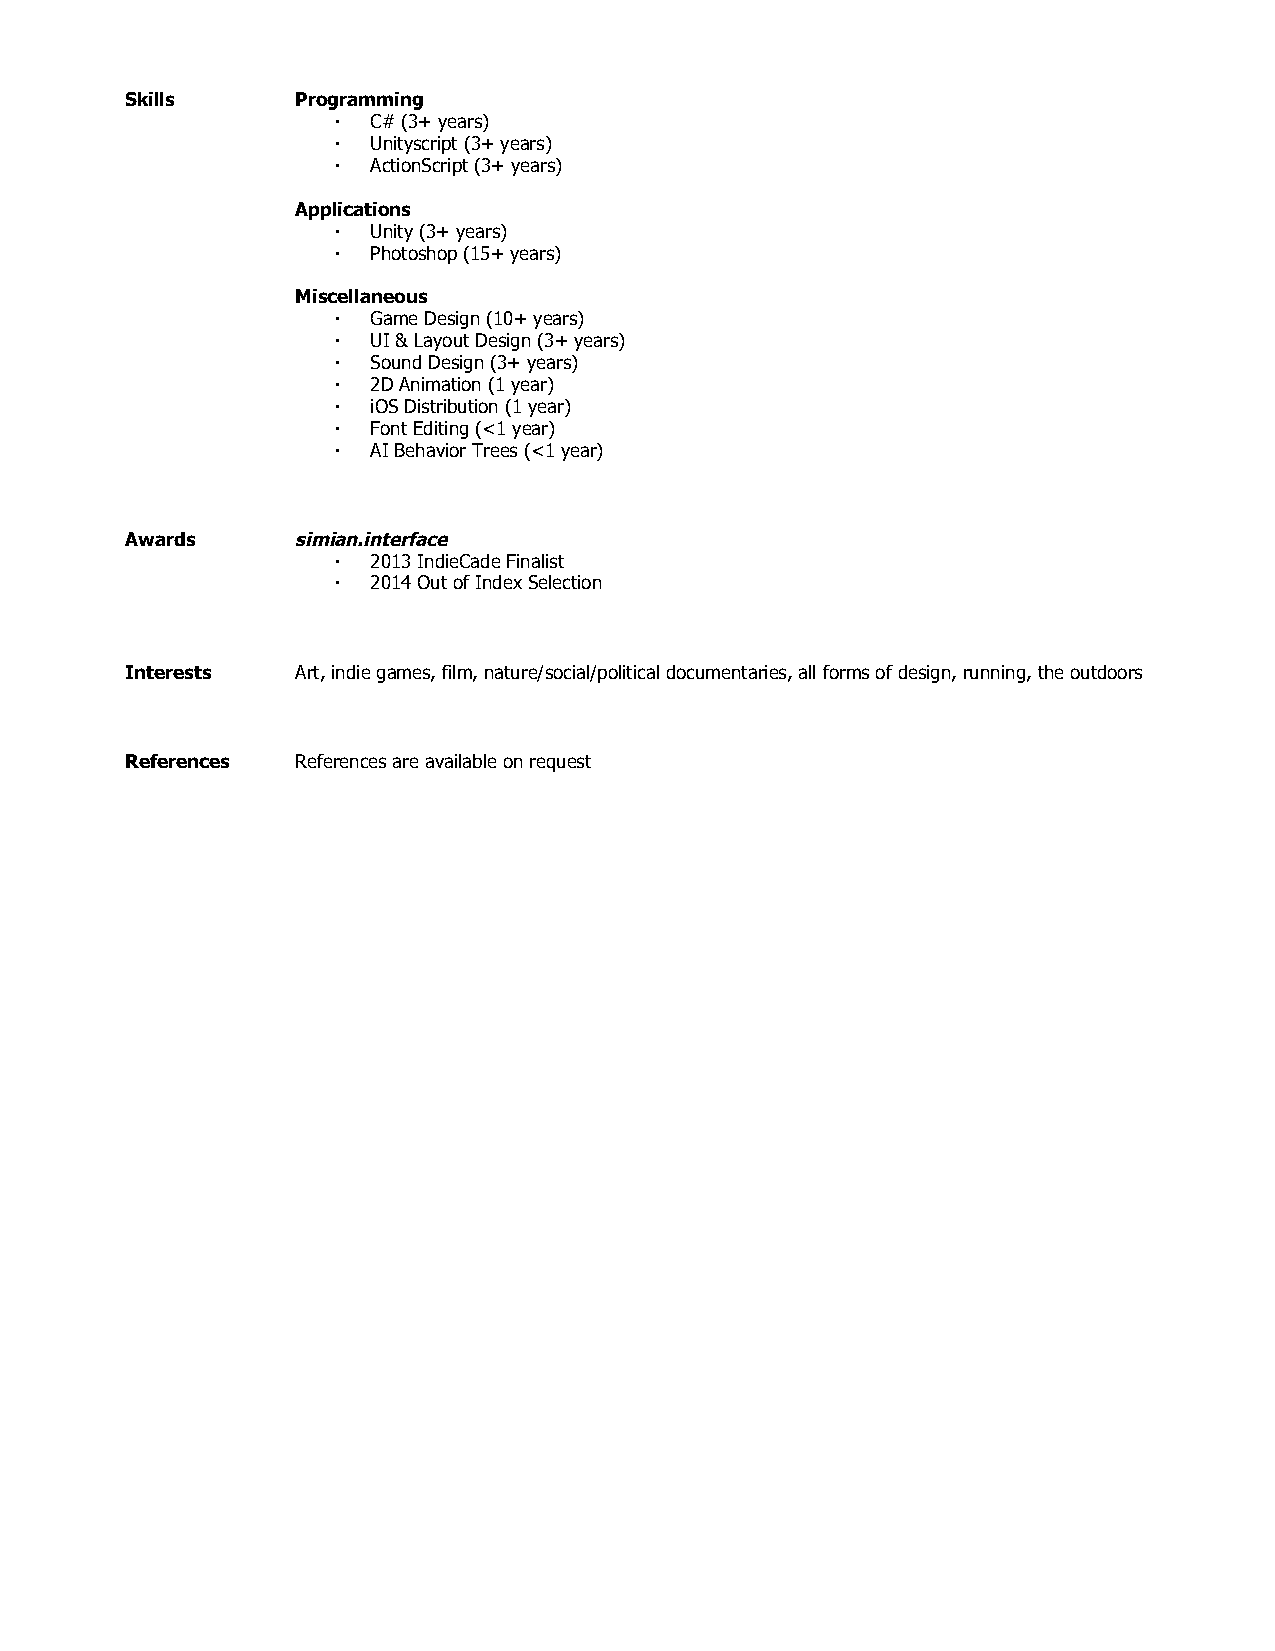
Skills      Programming
 ▪  C# (3+ years)
 ▪  Unityscript (3+ years)
 ▪  ActionScript (3+ years)
 Applications
 ▪  Unity (3+ years)
 ▪  Photoshop (15+ years)
 Miscellaneous
 ▪  Game Design (10+ years)
 ▪  UI & Layout Design (3+ years)
 ▪  Sound Design (3+ years)
 ▪  2D Animation (1 year)
 ▪  iOS Distribution (1 year)
 ▪  Font Editing (<1 year)
 ▪  AI Behavior Trees (<1 year)
 Awards     simian.interface
 ▪  2013 IndieCade Finalist
 ▪  2014 Out of Index Selection
 Interests   Art, indie games, film, nature/social/political documentaries, all forms of design, running, the outdoors
 References  References are available on request